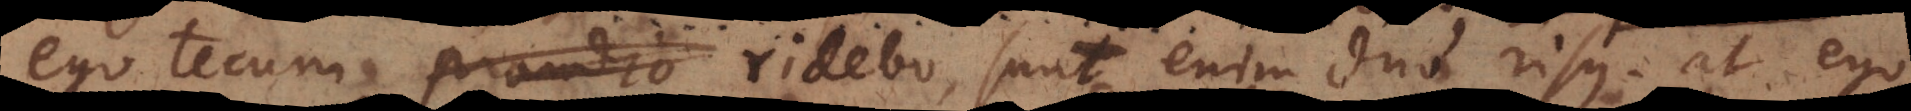
ego tecum prandio ridebo, sunt enim duo risus, at ego